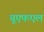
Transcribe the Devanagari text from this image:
यूएफएल